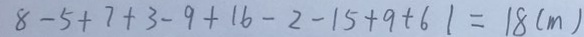
8 - 5 + 7 + 3 - 9 + 1 6 - 2 - 1 5 + 9 + 6 1 = 1 8 ( m )